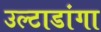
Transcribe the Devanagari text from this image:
उल्टाडांगा